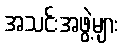
အသင်းအဖွဲ့များ